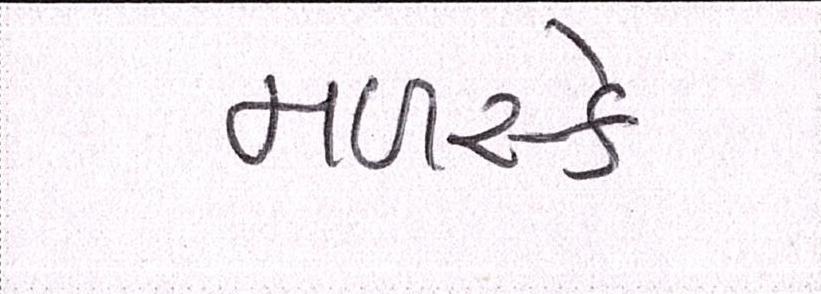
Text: મળસ્કે